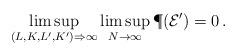
LaTeX: \begin{align*} \limsup_{(L,K,L',K') \Rightarrow \infty} \limsup_{N \rightarrow \infty } \P(\mathcal E') = 0\,.\end{align*}